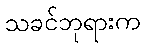
သခင်ဘုရားက